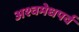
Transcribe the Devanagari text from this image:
अश्वमेधपर्व